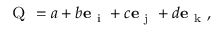
{ \textsc { Q } } = a + b { \mathbf e } _ { \mathrm { ~ i ~ } } + c { \mathbf e } _ { \mathrm { ~ j ~ } } + d { \mathbf e } _ { \mathrm { ~ k ~ } } ,